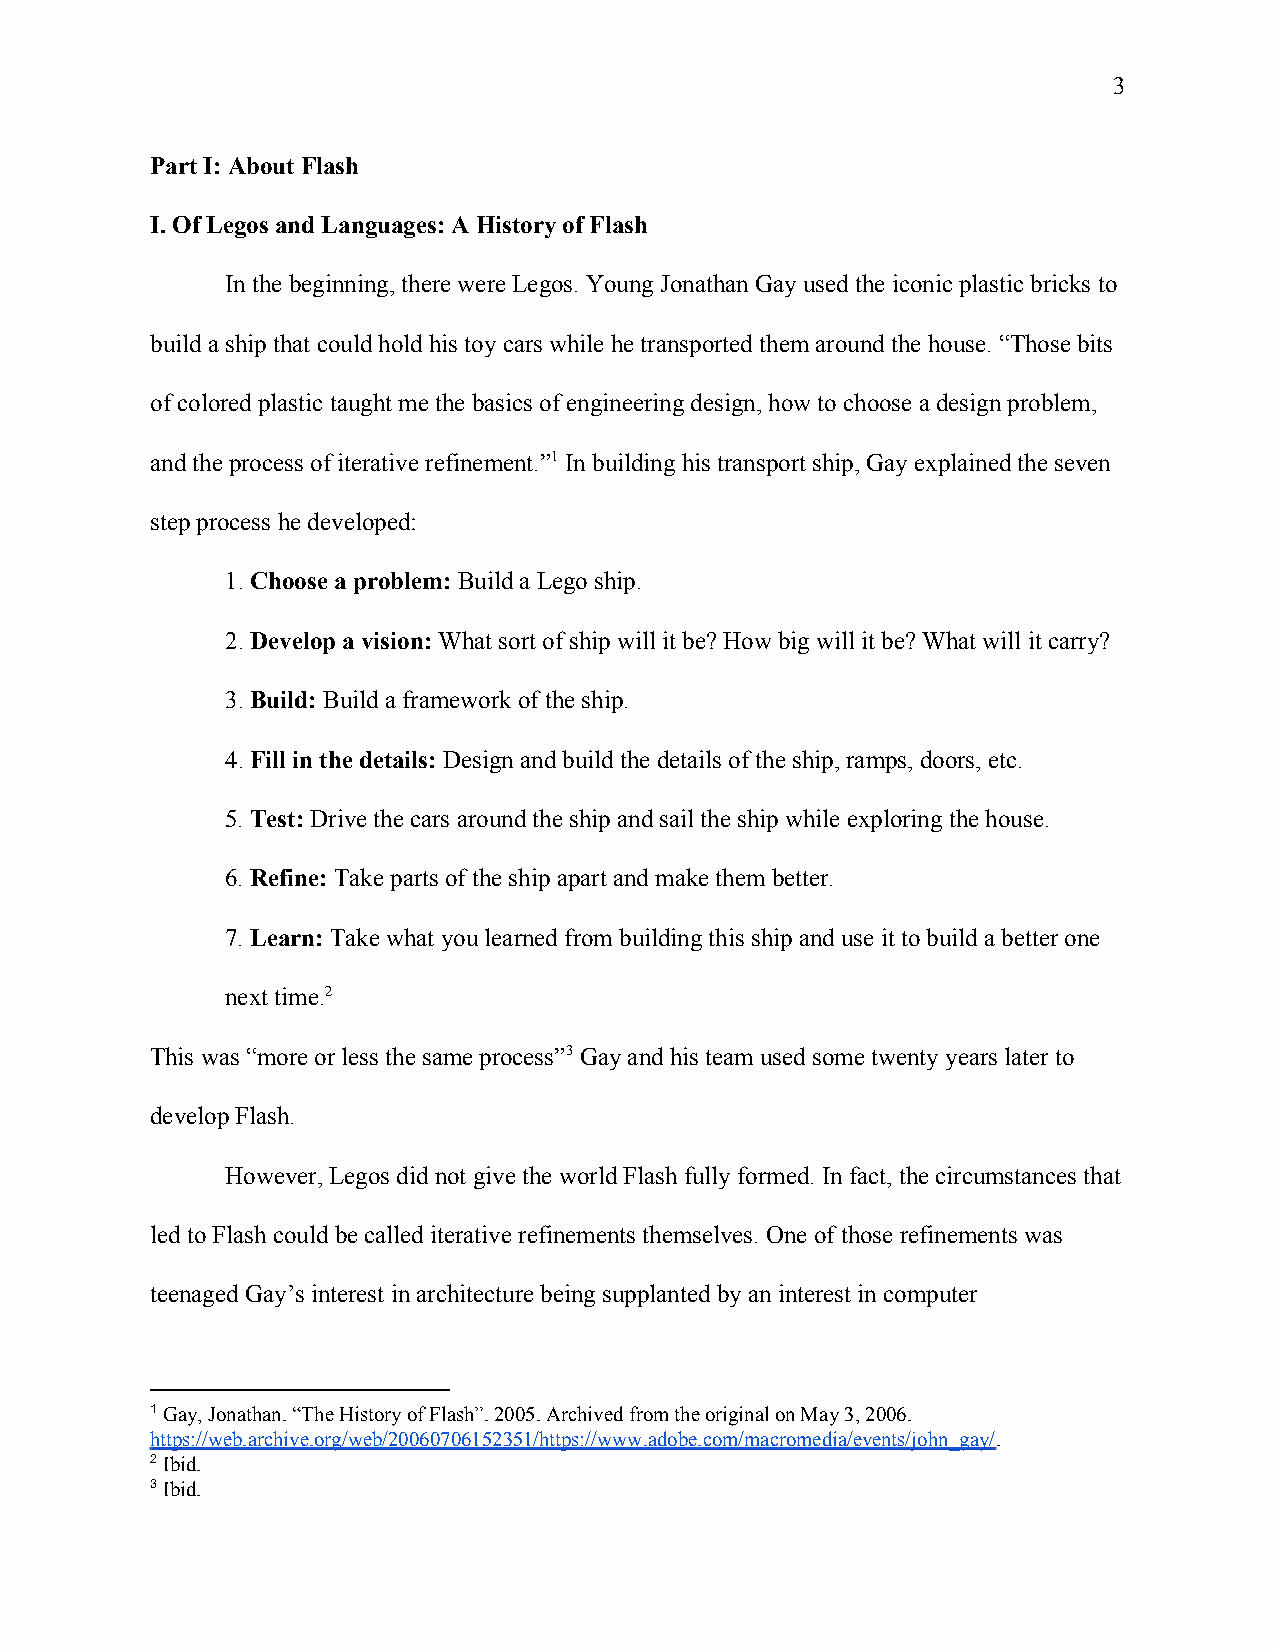
3
 Part I: About Flash
 I. Of Legos and Languages: A History of Flash
 In the beginning, there were Legos. Young Jonathan Gay used the iconic plastic bricks to
 build a ship that could hold his toy cars while he transported them around the house. “Those bits
 of colored plastic taught me the basics of engineering design, how to choose a design problem,
 and the process of iterative refinement.”1 In building his transport ship, Gay explained the seven
 step process he developed:
 1. Choose a problem: Build a Lego ship.
 ​            ​
 2. Develop a vision: What sort of ship will it be? How big will it be? What will it carry?
 ​           ​
 3. Build: Build a framework of the ship.
 ​   ​
 4. Fill in the details: Design and build the details of the ship, ramps, doors, etc.
 ​           ​
 5. Test: Drive the cars around the ship and sail the ship while exploring the house.
 ​   ​
 6. Refine: Take parts of the ship apart and make them better.
 ​    ​
 7. Learn: Take what you learned from building this ship and use it to build a better one
 ​    ​
 next time.2
 This was “more or less the same process”3 Gay and his team used some twenty years later to
 develop Flash.
 However, Legos did not give the world Flash fully formed. In fact, the circumstances that
 led to Flash could be called iterative refinements themselves. One of those refinements was
 teenaged Gay’s interest in architecture being supplanted by an interest in computer
 1 Gay, Jonathan. “The History of Flash”. 2005. Archived from the original on May 3, 2006.
 ​
 https://web.archive.org/web/20060706152351/https://www.adobe.com/macromedia/events/john_gay/.
 ​
 2 Ibid.
 ​
 3 Ibid.
 ​